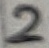
Text: 2